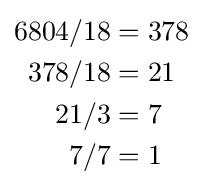
{\begin{aligned}6804/18&=378\\378/18&=21\\21/3&=7\\7/7&=1\end{aligned}}